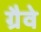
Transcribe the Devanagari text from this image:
ग्रैवे